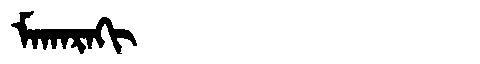
Manchu: ᠮᠠᡴᠠᡵᠠᡴᡳ
Romanization: MAKARAKI